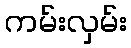
ကမ်းလှမ်း